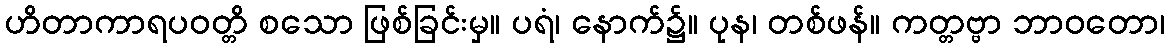
ဟိတာကာရပဝတ္တိ စသော ဖြစ်ခြင်းမှ။ ပရံ၊ နောက်၌။ ပုန၊ တစ်ဖန်။ ကတ္တဗ္ဗာ ဘာဝတော၊